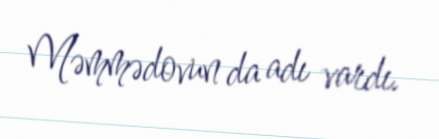
Məmmədovun da adı vardı.